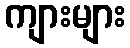
ကျားများ